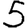
Digit: 5